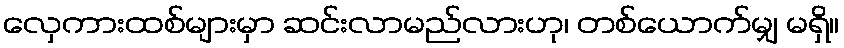
လှေကားထစ်များမှာ ဆင်းလာမည်လားဟု၊ တစ်ယောက်မျှ မရှိ။